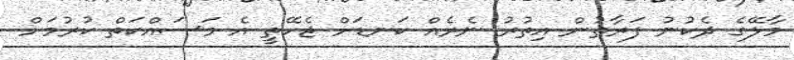
މާލޭގެ ދެކުނު ފަރާތުން އިތުރު ނެރެއް ކަނޑަށް ޖެހޭތީ އެ މަސައްކަތް ކުރުމަށް